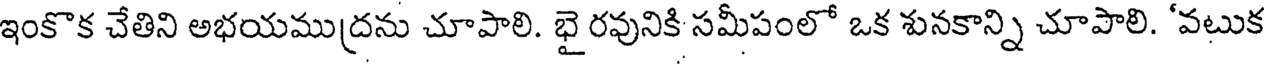
ఇంకొక చేతిని అభయముద్రను చూపాలి. భై రవునికి సమీపంలో ఒక శునకాన్ని చూపాలి. 'వటుక